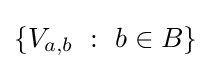
\left\{V_{a,b}~:~b\in B\right\}